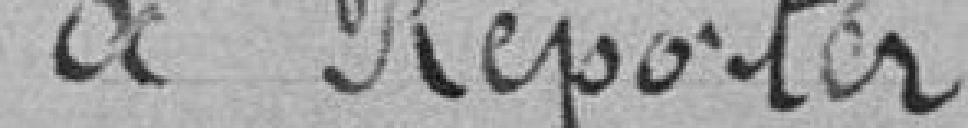
à reporter